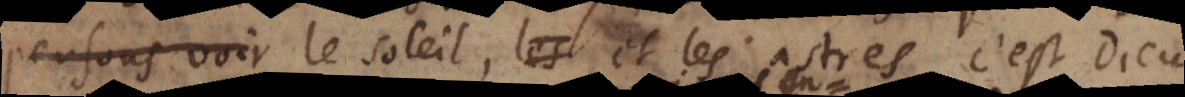
nous voyons le soleil et les astres, c’est Dieu